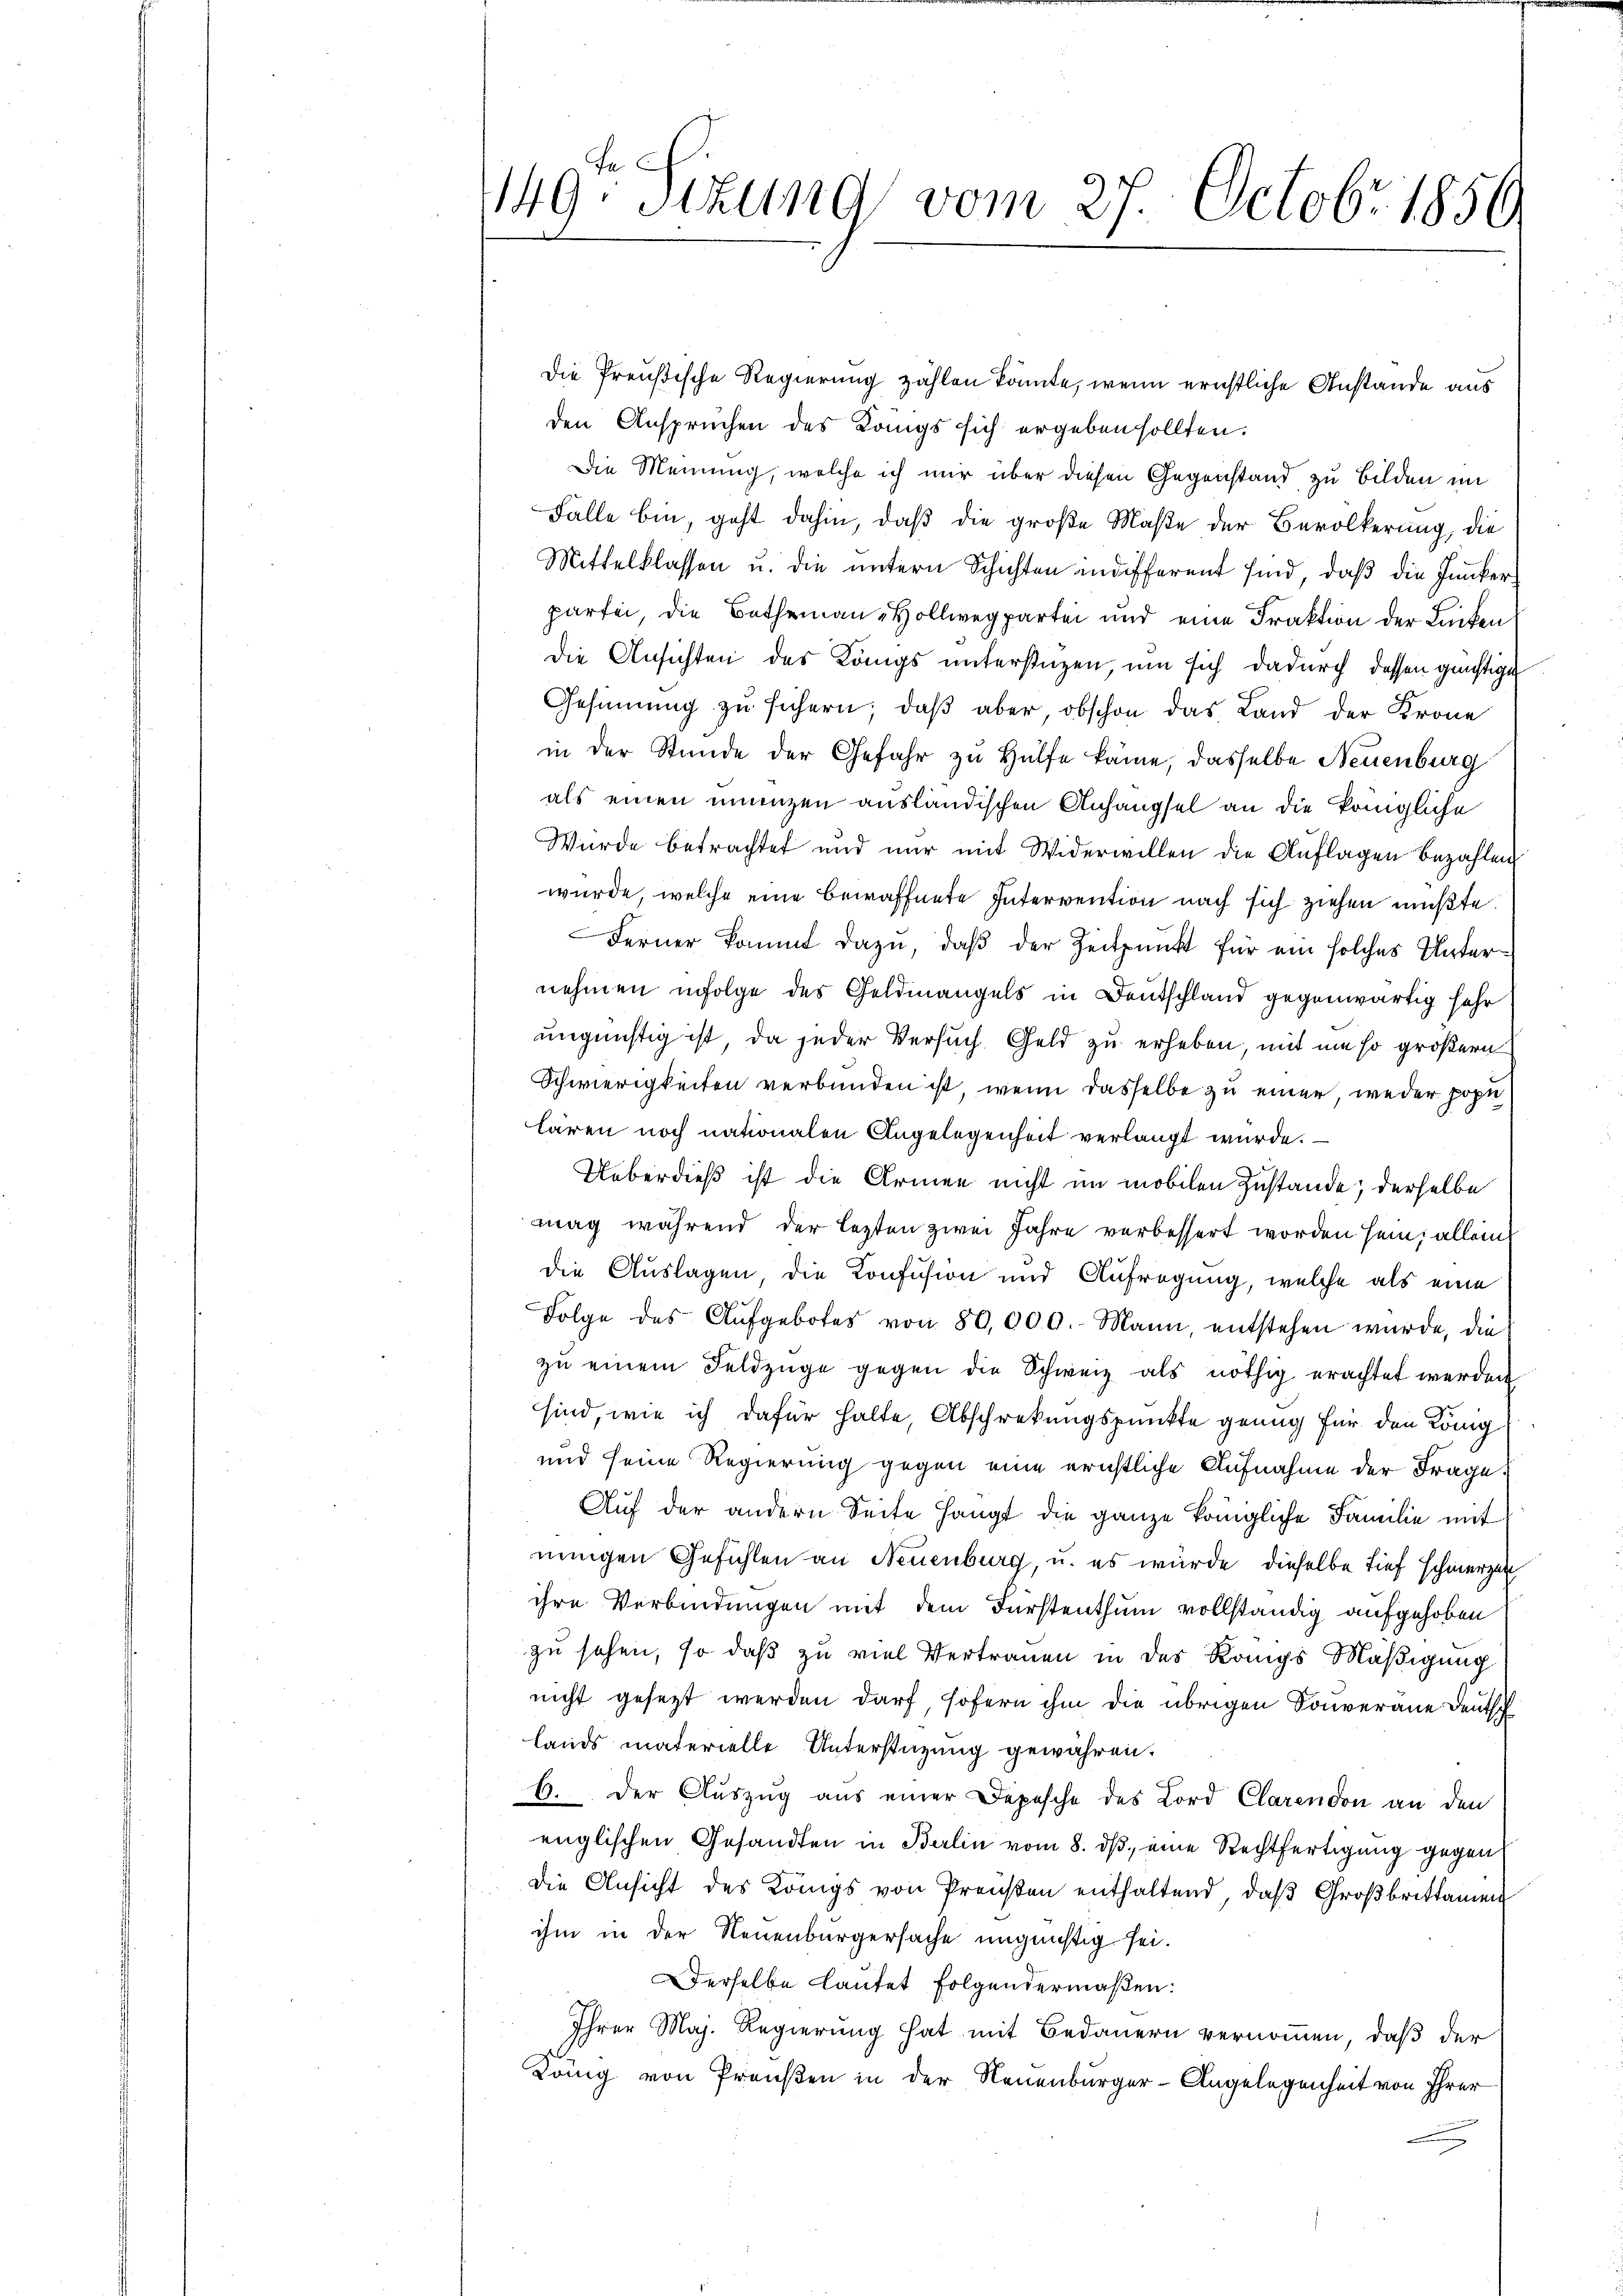
149: Sizung vom 27. Octobr. 1850

Die Preußische Regierung zahlen könnte, wenn ernstliche Anstande aus
den Anspruchen des Langs sich ergeben sollten.
Die Meinung, welche ich mir über diesen Gegenstand zu Bilden im
Fälle bin, geht dahin, daß die große Maße der Bevölkerung, die
Mittelklassen u. die untern Schichten indifferent sind, daß die Junkerpartei, die Betheinau-Hollwegpartei und eine Fraktion der Lücken
Die Ansichten des Königs unterstüzen, um sich dadurch dessen günstige
Gesinnung zu sichern, daβ aber obschon das Land der Krone
in der Stunde der Gefahr zu Hülfe käme, dasselbe Neuenburg
als einen unanzen ausländischen Anhangsel an die kringliche
Wurde betrachtet und nur mit Widerwillen die Auflagen bezahlen
wurde, welche eine bewaffnete Intervention nach sich ziehen müßte.
Ferner kommt dazu, daß der Zeitpunkt für ein solches Unternehmen infolge des Geldmangels in Deutschland gegenwärtig sehr
ungünstig ist, da jeder Versuch Geld zu erheben, mit um so größern
Schwierigkeiten verbunden ist, wenn dasselbe zu einer, weder popu
lären noch nationalen Angelegenheit verlangt wurde.
Ueberdieß ist die Armen nicht im mobilen Zustande; derselbe
mag während der lezten zwei Jahre verbessert worden sein; allein
die Auslagen, die Konfusion und Aufregung, welche als eine
Folge des Aŭfgebotes von 80,000. Mann, entstehen würde, die
zu einem Feldzüge gegen die Schweiz als nöthig erachtet werden
sind, wie ich dafür halte, Abschreckungspunkte genug für den König
und seine Regierung gegen eine erichtliche Aufnahme der Frage,
1
Auf der andern Seite Hangt die ganze königliche Familie mit
eingen Gefühlen an Neuenburg, u. es würde dieselbe tief schmerzen
ihre Verbindungen mit dem Fürstenthum vollständig aufgehoben
zu sehen, so daß zu viel Vertrauen in des Königs Mäßigung
nicht gesezt werden darf, sofern ihm die übrigen Souveräne Deutsch
lands materielle Unterstüzung gewähren.
6. Der Auszug aus einer Depesche des Lord Clarendon an den
englischen Gesandten in Berlin vom 8. ds, eine Rechtfertigung gegen
die Ansicht des Königs von Preußen enthaltend, daß Großbrittamen
ihm in der Neuenburgersache ungünstig sei.
derselbe lautet folgendermaßen:
Ihrer Maj. Regierung hat mit Bedauern vernommen, daß der
König von Preußen in der Neuenburger-Angelegenheit von Ihrer
x